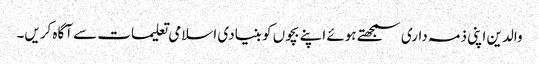
والدین اپنی ذمہ داری سمجھتے ہوئے اپنے بچوں کو بنیادی اسلامی تعلیمات سے آگاہ کریں۔